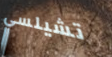
تشيلسي